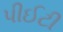
પીઈટી